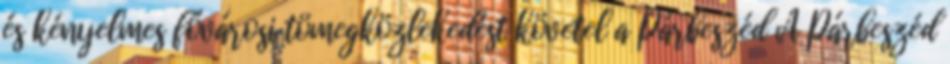
és kényelmes fővárosi tömegközlekedést követel a Párbeszéd A Párbeszéd